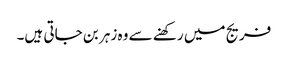
فریج میں رکھنے سے وہ زہر بن جاتی ہیں۔